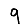
Digit: 9